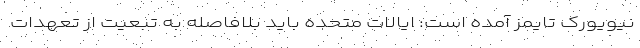
نیویورک تایمز آمده است: ایالات متحده باید بلافاصله به تبعیت از تعهدات